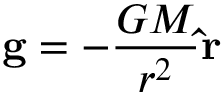
\mathbf { g } = - { \frac { G M } { r ^ { 2 } } } \mathbf { \hat { r } }